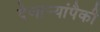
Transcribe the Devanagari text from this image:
देणार्‍यांपैकी